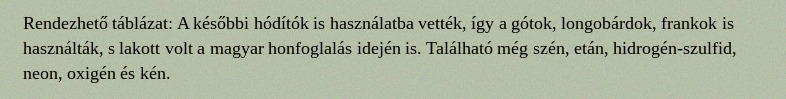
Rendezhető táblázat: A későbbi hódítók is használatba vették, így a gótok, longobárdok, frankok is használták, s lakott volt a magyar honfoglalás idején is. Található még szén, etán, hidrogén-szulfid, neon, oxigén és kén.